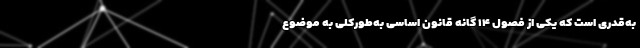
به‌قدری است که یکی از فصول ۱۴ گانه قانون اساسی به‌طورکلی به موضوع